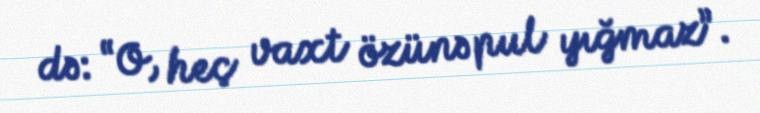
də: “O, heç vaxt özünə pul yığmaz”.